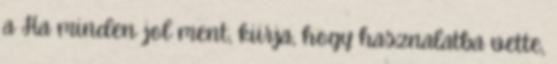
a Ha minden jol ment, kiirja, hogy hasznalatba vette,